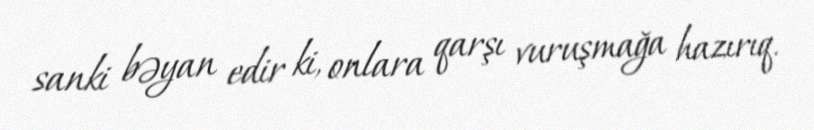
sanki bəyan edir ki, onlara qarşı vuruşmağa hazırıq.